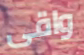
واقى